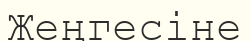
Жеңгесіне